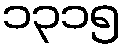
၁၃၁၅